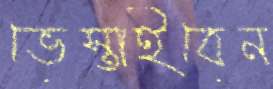
ভেস্তাইবেন